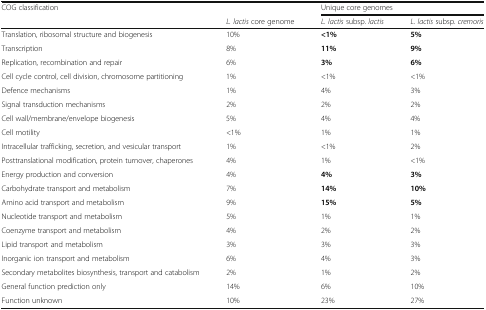
<table><thead><tr><td rowspan="2"><b>COG classification</b></td><td></td><td colspan="2"><b>Unique core genomes</b></td></tr><tr><td><b><i>L. lactis</i> core genome</b></td><td><b><i>L. lactis</i> subsp. <i>lactis</i></b></td><td><b><i>L. lactis</i> subsp. <i>cremoris</i></b></td></tr></thead><tbody><tr><td>Translation, ribosomal structure and biogenesis</td><td>10%</td><td><b>&lt;1%</b></td><td><b>5%</b></td></tr><tr><td>Transcription</td><td>8%</td><td><b>11%</b></td><td><b>9%</b></td></tr><tr><td>Replication, recombination and repair</td><td>6%</td><td><b>3%</b></td><td><b>6%</b></td></tr><tr><td>Cell cycle control, cell division, chromosome partitioning</td><td>1%</td><td>&lt;1%</td><td>&lt;1%</td></tr><tr><td>Defence mechanisms</td><td>1%</td><td>4%</td><td>3%</td></tr><tr><td>Signal transduction mechanisms</td><td>2%</td><td>2%</td><td>2%</td></tr><tr><td>Cell wall/membrane/envelope biogenesis</td><td>5%</td><td>4%</td><td>4%</td></tr><tr><td>Cell motility</td><td>&lt;1%</td><td>1%</td><td>1%</td></tr><tr><td>Intracellular trafficking, secretion, and vesicular transport</td><td>1%</td><td>&lt;1%</td><td>2%</td></tr><tr><td>Posttranslational modification, protein turnover, chaperones</td><td>4%</td><td>1%</td><td>&lt;1%</td></tr><tr><td>Energy production and conversion</td><td>4%</td><td><b>4%</b></td><td><b>3%</b></td></tr><tr><td>Carbohydrate transport and metabolism</td><td>7%</td><td><b>14%</b></td><td><b>10%</b></td></tr><tr><td>Amino acid transport and metabolism</td><td>9%</td><td><b>15%</b></td><td><b>5%</b></td></tr><tr><td>Nucleotide transport and metabolism</td><td>5%</td><td>1%</td><td>1%</td></tr><tr><td>Coenzyme transport and metabolism</td><td>4%</td><td>2%</td><td>2%</td></tr><tr><td>Lipid transport and metabolism</td><td>3%</td><td>3%</td><td>3%</td></tr><tr><td>Inorganic ion transport and metabolism</td><td>6%</td><td>4%</td><td>3%</td></tr><tr><td>Secondary metabolites biosynthesis, transport and catabolism</td><td>2%</td><td>1%</td><td>2%</td></tr><tr><td>General function prediction only</td><td>14%</td><td>6%</td><td>10%</td></tr><tr><td>Function unknown</td><td>10%</td><td>23%</td><td>27%</td></tr></tbody></table>